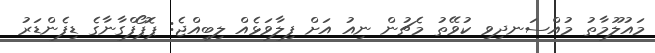
މައުލޫމާތު މުއްސަނދިވި ކުވޭތު މެޗުން ނިއު އަށް ފިލާވަޅެއް ލިބިއްޖެ: ޕޮޕޯފްގާނާގެ ޑިފެންޑަރު